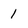
Character: 1